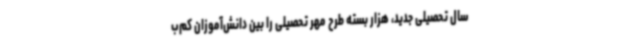
سال تحصیلی جدید، هزار بسته طرح مهر تحصیلی را بین دانش‌آموزان کم‌ب